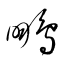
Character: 鵬